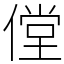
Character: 㑽